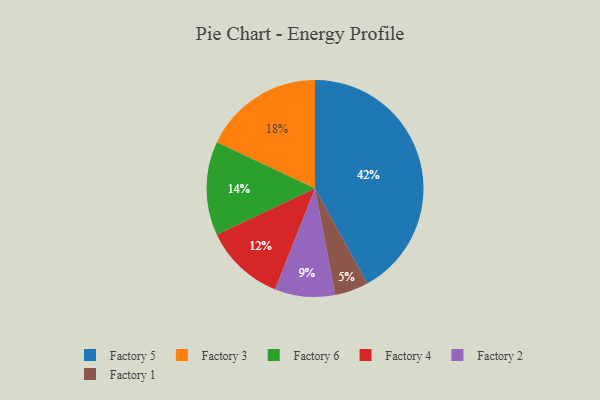
{"axis": {"x": "Category", "y": "Percentage"}, "legend": ["Factory 1", "Factory 2", "Factory 3", "Factory 4", "Factory 5", "Factory 6"], "data": [{"x": "Factory 5", "y": 42, "type": "Factory 5"}, {"x": "Factory 1", "y": 5, "type": "Factory 1"}, {"x": "Factory 4", "y": 12, "type": "Factory 4"}, {"x": "Factory 3", "y": 18, "type": "Factory 3"}, {"x": "Factory 6", "y": 14, "type": "Factory 6"}, {"x": "Factory 2", "y": 9, "type": "Factory 2"}]}